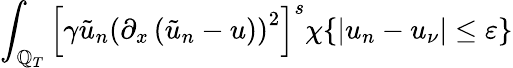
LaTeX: \int_{\mathbb{Q}_{T}}\left[\gamma\tilde{{u}}_{n}\left(\partial_{x}\left(\tilde{{u}}_{n}-u\right)\right)^{2}\right]^{s}\chi\{ |u_{n}-u_{\nu}|\leq\varepsilon\}